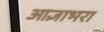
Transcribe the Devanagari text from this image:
आज्ञाभरा